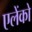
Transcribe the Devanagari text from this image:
एलेंको